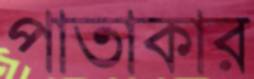
পাতাকার